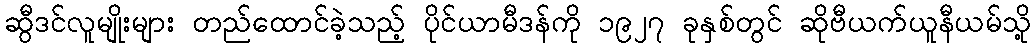
ဆွီဒင်လူမျိုးများ တည်ထောင်ခဲ့သည့် ပိုင်ယာမီဒန်ကို ၁၉၂၇ ခုနှစ်တွင် ဆိုဗီယက်ယူနီယမ်သို့